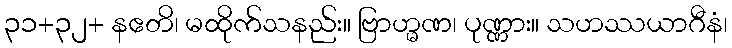
၃၁+၃၂+ နဧတိ၊ မထိုက်သနည်း။ ဗြာဟ္မဏ၊ ပုဏ္ဏား။ သဟဿယာဂီနံ၊